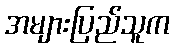
အများပြည်သူက